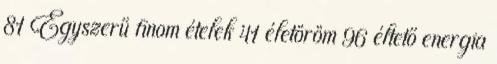
81 Egyszerű finom ételek 41 életöröm 96 éltető energia